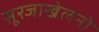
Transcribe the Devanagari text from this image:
सूरजाखेलनो